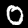
Digit: 0